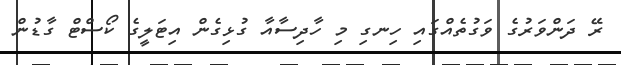
ރޭ ދަންވަރުގެ ވަގުތެއްގައި ހިނގި މި ހާދިސާއާ ގުޅިގެން އިޓަލީގެ ކޯސްޓް ގާޑުން